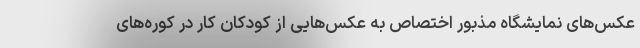
عکس‌های نمایشگاه مذبور اختصاص به عکس‌هایی از کودکان کار در کوره‌های